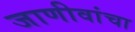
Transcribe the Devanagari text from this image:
जाणीवांचा